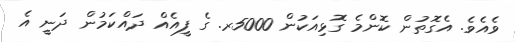
ވެއެވެ. އެގޮތުން ކޮންމެ ގޮޅިއަކުން 5000ރ. ގެ ފީއެއް ދައްކަމުން ދަނީ އެ